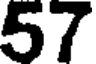
57